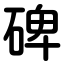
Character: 碑